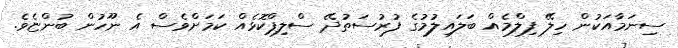
ސިނަމާއަކުން ހިލޭ ފިލްމެއް ބަލައިލުމުގެ ފުރުސަތުދޭ ސްލިޕްކޮޅެއް ކަމަށްވެސް އެ ނޫހުން ބުންޏެވެ.